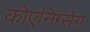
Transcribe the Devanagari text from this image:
कोएनिग्सेग